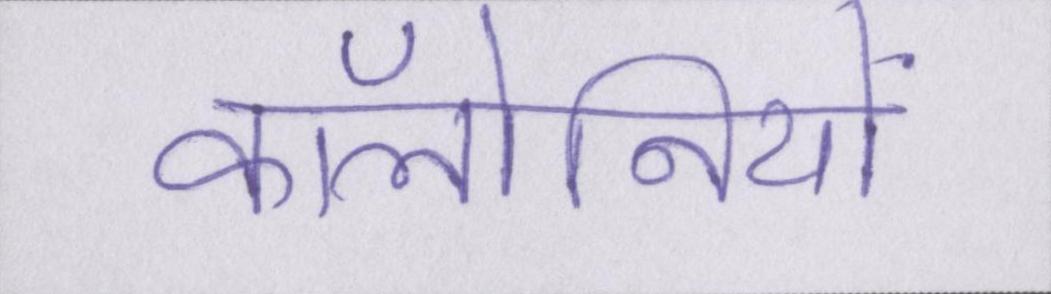
कॉलोनियों